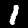
Label: 1